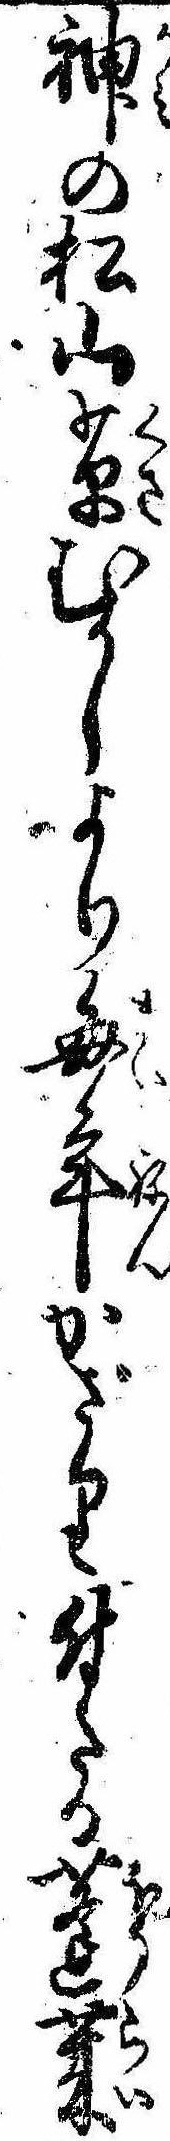
神の松山草むかしより毎年かざり付たる蓬莱